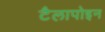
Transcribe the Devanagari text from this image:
टैलापोइन